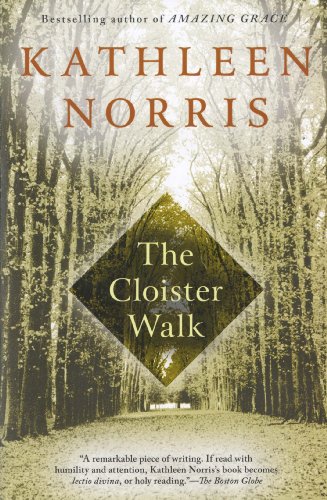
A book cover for The Cloister Walk; Kathleen Norris; Biographies & Memoirs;